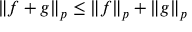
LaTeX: \left\Vert { f + g } \right\Vert _ { p } \leq \left\Vert { f } \right\Vert _ { p } + \left\Vert { g } \right\Vert _ { p }